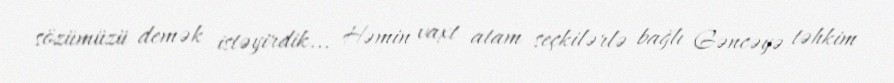
sözümüzü demək istəyirdik... Həmin vaxt atam seçkilərlə bağlı Gəncəyə təhkim